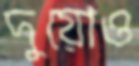
দুয়োও